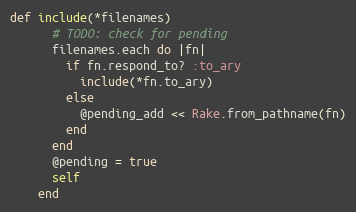
Language: Ruby
def include(*filenames)
      # TODO: check for pending
      filenames.each do |fn|
        if fn.respond_to? :to_ary
          include(*fn.to_ary)
        else
          @pending_add << Rake.from_pathname(fn)
        end
      end
      @pending = true
      self
    end